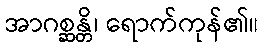
အာဂစ္ဆန္တိ၊ ရောက်ကုန်၏။